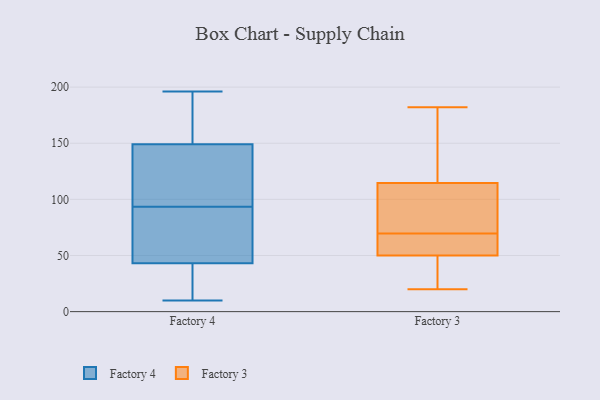
{"axis": {"x": "Revenue (USD Million)", "y": "Value"}, "legend": ["Factory 3", "Factory 4"], "data": [{"x": "", "y": 152, "type": "Factory 4"}, {"x": "", "y": 54, "type": "Factory 4"}, {"x": "", "y": 112, "type": "Factory 4"}, {"x": "", "y": 149, "type": "Factory 4"}, {"x": "", "y": 43, "type": "Factory 4"}, {"x": "", "y": 13, "type": "Factory 4"}, {"x": "", "y": 193, "type": "Factory 4"}, {"x": "", "y": 134, "type": "Factory 4"}, {"x": "", "y": 45, "type": "Factory 4"}, {"x": "", "y": 24, "type": "Factory 4"}, {"x": "", "y": 73, "type": "Factory 4"}, {"x": "", "y": 146, "type": "Factory 4"}, {"x": "", "y": 99, "type": "Factory 4"}, {"x": "", "y": 88, "type": "Factory 4"}, {"x": "", "y": 189, "type": "Factory 4"}, {"x": "", "y": 10, "type": "Factory 4"}, {"x": "", "y": 22, "type": "Factory 4"}, {"x": "", "y": 196, "type": "Factory 4"}, {"x": "", "y": 56, "type": "Factory 3"}, {"x": "", "y": 158, "type": "Factory 3"}, {"x": "", "y": 62, "type": "Factory 3"}, {"x": "", "y": 182, "type": "Factory 3"}, {"x": "", "y": 113, "type": "Factory 3"}, {"x": "", "y": 20, "type": "Factory 3"}, {"x": "", "y": 64, "type": "Factory 3"}, {"x": "", "y": 116, "type": "Factory 3"}, {"x": "", "y": 75, "type": "Factory 3"}, {"x": "", "y": 85, "type": "Factory 3"}, {"x": "", "y": 28, "type": "Factory 3"}, {"x": "", "y": 44, "type": "Factory 3"}]}